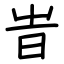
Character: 旹